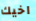
اخيك